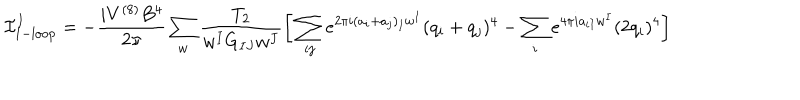
{ \cal I } _ { \mathrm { 1 - l o o p } } ^ { I } = - \frac { i V ^ { ( 8 ) } B ^ { 4 } } { 2 \pi } \sum _ { w } \frac { T _ { 2 } } { w ^ { I } G _ { I J } w ^ { J } } \bigg [ \sum _ { i j } e ^ { 2 \pi i ( a _ { i } + a _ { j } ) _ { I } w ^ { I } } ( q _ { i } + q _ { j } ) ^ { 4 } - \sum _ { i } e ^ { 4 \pi i a _ { i I } w ^ { I } } ( 2 q _ { i } ) ^ { 4 } \bigg ]